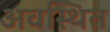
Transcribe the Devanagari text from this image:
अवस्‍थित